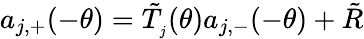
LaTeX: a_{j,+}(-\theta)=\tilde{T}_{_{j}}(\theta)a_{j,-}(-\theta)+\tilde{R}